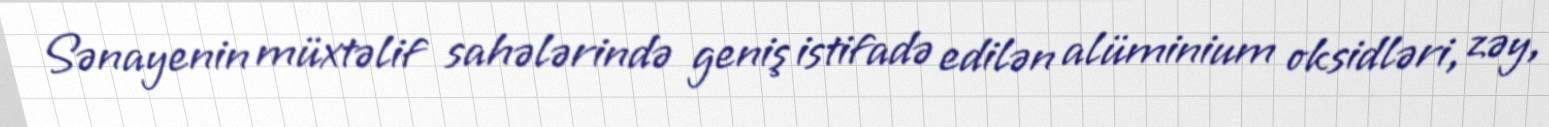
Sənayenin müxtəlif sahələrində geniş istifadə edilən alüminium oksidləri, zəy,